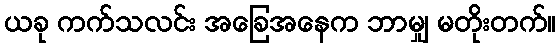
ယခု ကက်သလင်း အခြေအနေက ဘာမျှ မတိုးတက်။